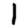
Digit: 1